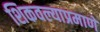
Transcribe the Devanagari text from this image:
शिकवल्याप्रमाणे